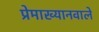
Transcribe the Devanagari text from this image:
प्रेमाख्यानवाले